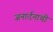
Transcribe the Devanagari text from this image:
जनार्दनाची